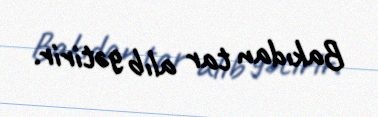
Bakıdan tar alıb gətirir.